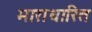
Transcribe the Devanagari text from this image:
भाराधारित